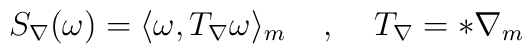
S_{\nabla}(\omega)=\langle\omega,T_{\nabla}\omega\rangle_m\;\;\;\;,\;\;\;\;T_{\nabla}=*\nabla_m